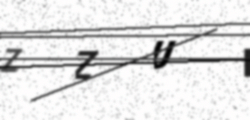
Text: ZZUI